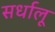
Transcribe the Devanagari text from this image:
सर्धालू